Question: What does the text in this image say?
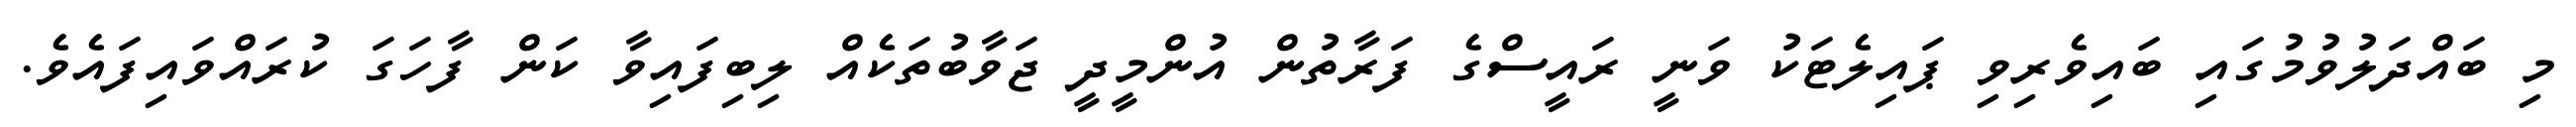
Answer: މި ބައްދަލުވުމުގައި ބައިވެރިވި ޕައިލެޓަކު ވަނީ ރައީސްގެ ފަރާތުން އުންމީދީ ޖަވާބުތަކެއް ލިބިފައިވާ ކަން ފާހަގަ ކުރައްވައިފައެވެ.